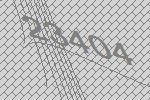
23404